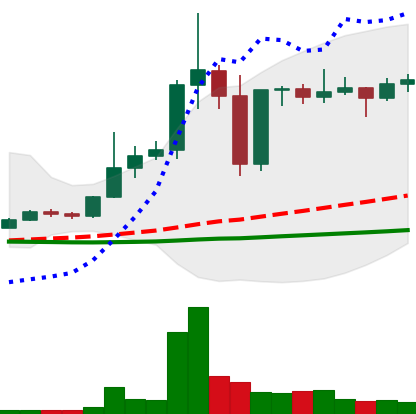
Ticker: DOGE-USD
Chart end date: 2020-12-31
Forward return: 111.875%
Label: up_7plus